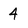
Character: 4